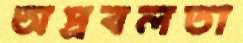
অপ্রবলতা